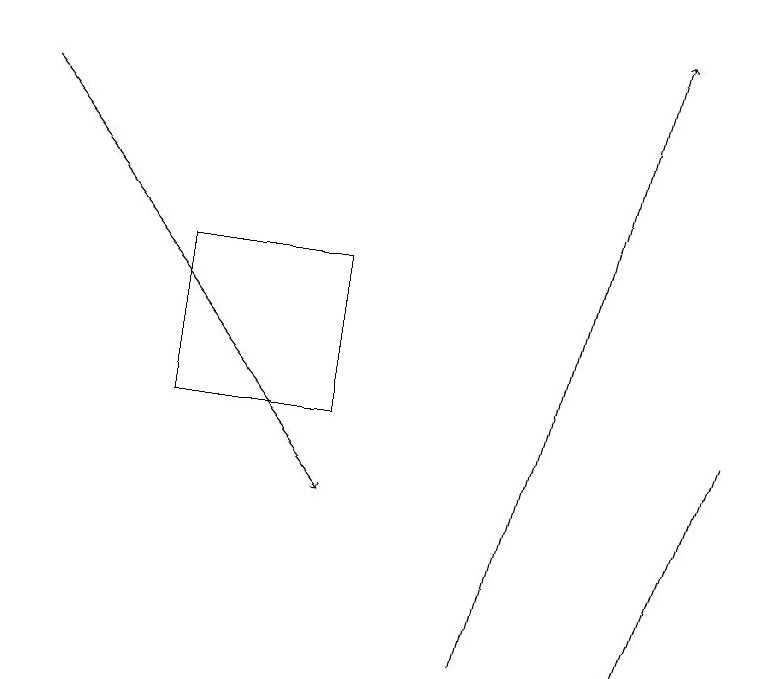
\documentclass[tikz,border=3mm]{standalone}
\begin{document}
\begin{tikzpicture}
\draw[->] (6,11) -- (8,19);
\draw[->] (0,18) -- (4,13);
\draw (2,16) rectangle (4,14);
\draw[->] (9,14) -- (8,11);
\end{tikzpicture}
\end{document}